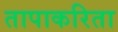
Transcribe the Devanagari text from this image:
तापाकरिता